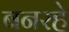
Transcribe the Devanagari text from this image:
बनरहे